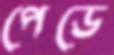
পেডে